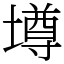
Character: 壿